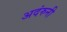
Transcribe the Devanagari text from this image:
अदंरुनी